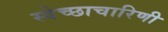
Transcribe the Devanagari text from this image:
स्वेच्छाचारिणी